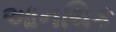
આનથિક